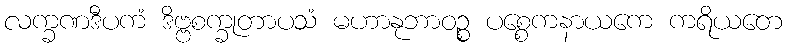
လက္ခဏဒီပကံ ဒိဗ္ဗစက္ခုတာပသံ မဟာနုဘာဝဉ္စ ပစ္စေကနာယကေ ကရိယတေ